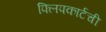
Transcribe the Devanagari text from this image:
फ्लिपकार्टची